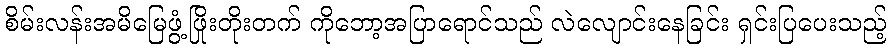
စိမ်းလန်းအမိမြေဖွံ့ဖြိုးတိုးတက် ကိုဘော့အပြာရောင်သည် လဲလျောင်းနေခြင်း ရှင်းပြပေးသည့်